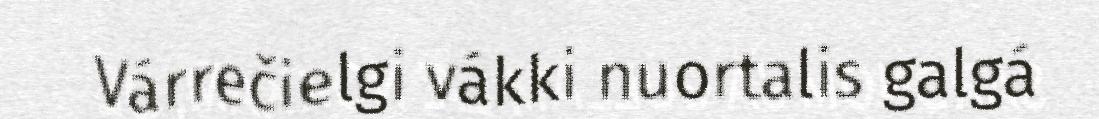
Várrečielgi vákki nuortalis galgá